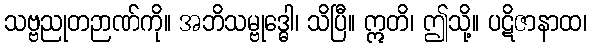
သဗ္ဗညုတဉာဏ်ကို။ အဘိသမ္ဗုဒ္ဓေါ၊ သိပြီ။ ဣတိ၊ ဤသို့။ ပဋိဇာနာထ၊